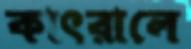
কাৎরালে